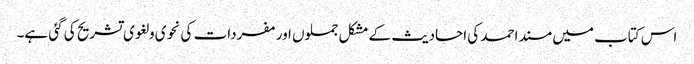
اس کتاب میں مسند احمد کی احادیث کے مشکل جملوں اور مفردات کی نحوی و لغوی تشریح کی گئی ہے۔